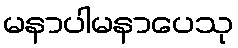
မနာပါမနာပေသု